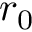
r _ { 0 }